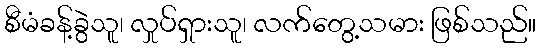
စီမံခန့်ခွဲသူ၊ လှုပ်ရှားသူ၊ လက်တွေ့သမား ဖြစ်သည်။